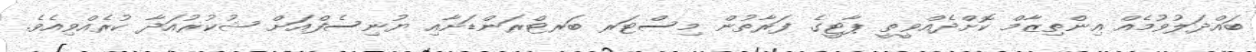
ބައްދަލުވުމެއް އިންތިޒާމް ކޮށްދެއްވީތީ ޕާޓީގެ ފަރާތުން މިސްޓަރ ބަރޓްރަންޑަށާއި ޔުނިސެފްއަށް ޝުކުރުއަދާ ކުރެއްވިއެވެ.